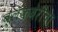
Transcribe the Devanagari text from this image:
ब्लॅकबेरीचा